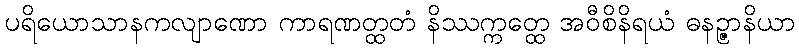
ပရိယောသာနကလျာဏော ကာရဏတ္ထတံ နိဿက္ကတ္ထေ အဝီစိနိရယံ ဓနဉ္ဇာနိယာ